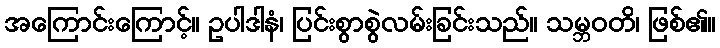
အကြောင်းကြောင့်။ ဥပါဒါနံ၊ ပြင်းစွာစွဲလမ်းခြင်းသည်။ သမ္ဘဝတိ၊ ဖြစ်၏။